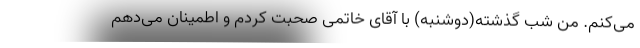
می‌کنم. من شب گذشته(دوشنبه) با آقای خاتمی صحبت کردم و اطمینان می‌دهم